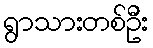
ရွာသားတစ်ဦး